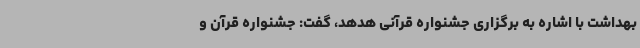
بهداشت با اشاره به برگزاری جشنواره قرآنی هدهد، گفت: جشنواره قرآن ‌و